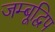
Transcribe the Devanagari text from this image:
जम्बूद्विप